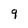
Character: 9